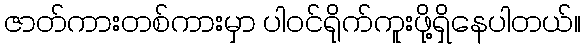
ဇာတ်ကားတစ်ကားမှာ ပါဝင်ရိုက်ကူးဖို့ရှိနေပါတယ်။